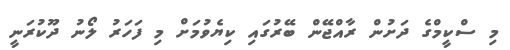
މި ސްކީމްގެ ދަށުން ރާއްޖޭން ބޭރުގައި ކިޔެވުމަށް މި ފަހަރު ލޯނު ދޫކުރަނީ